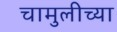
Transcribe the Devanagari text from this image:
चामुलीच्या